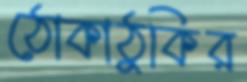
ঠোকাঠুকির